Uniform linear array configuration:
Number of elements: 12
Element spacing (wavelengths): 0.75
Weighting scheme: binomial
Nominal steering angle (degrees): -45
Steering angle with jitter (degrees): -45.437
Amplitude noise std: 0.05
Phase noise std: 0.05

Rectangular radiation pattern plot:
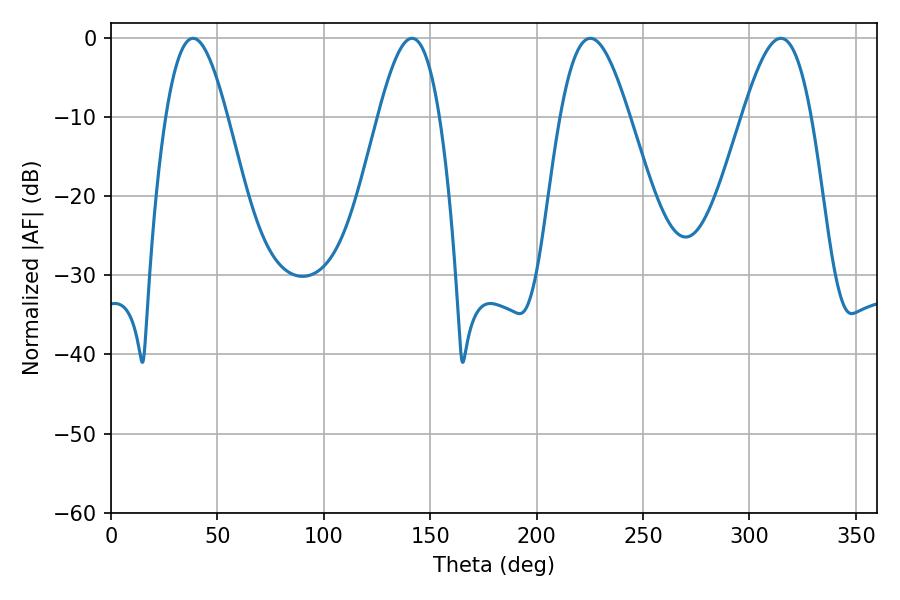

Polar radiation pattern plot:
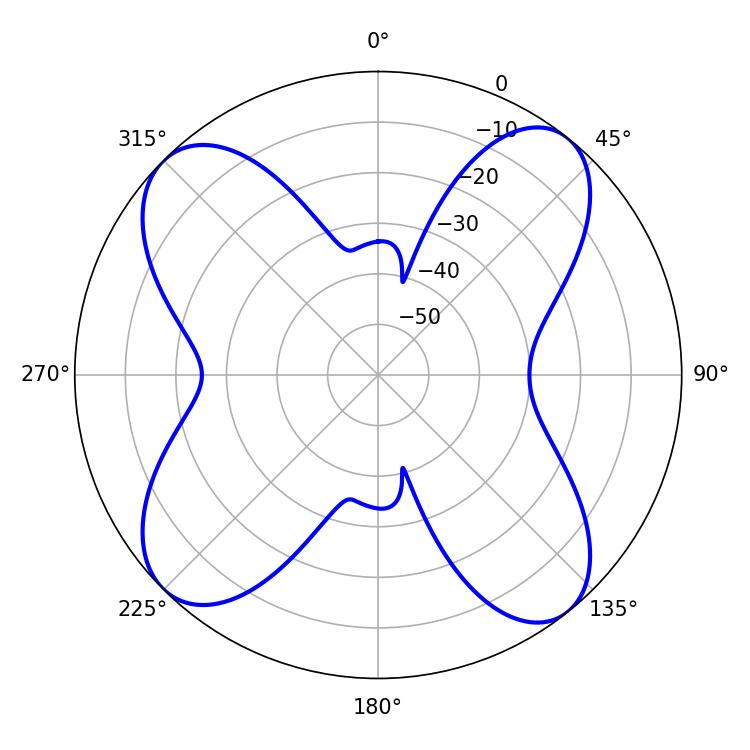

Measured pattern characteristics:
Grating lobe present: TRUE
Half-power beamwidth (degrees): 15.48
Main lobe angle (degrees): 38.52